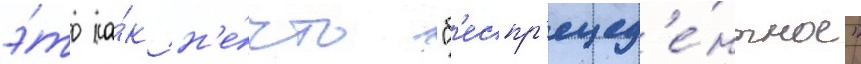
э́то ка́к н'е́что "б'еспр'ецед'е́нтное"